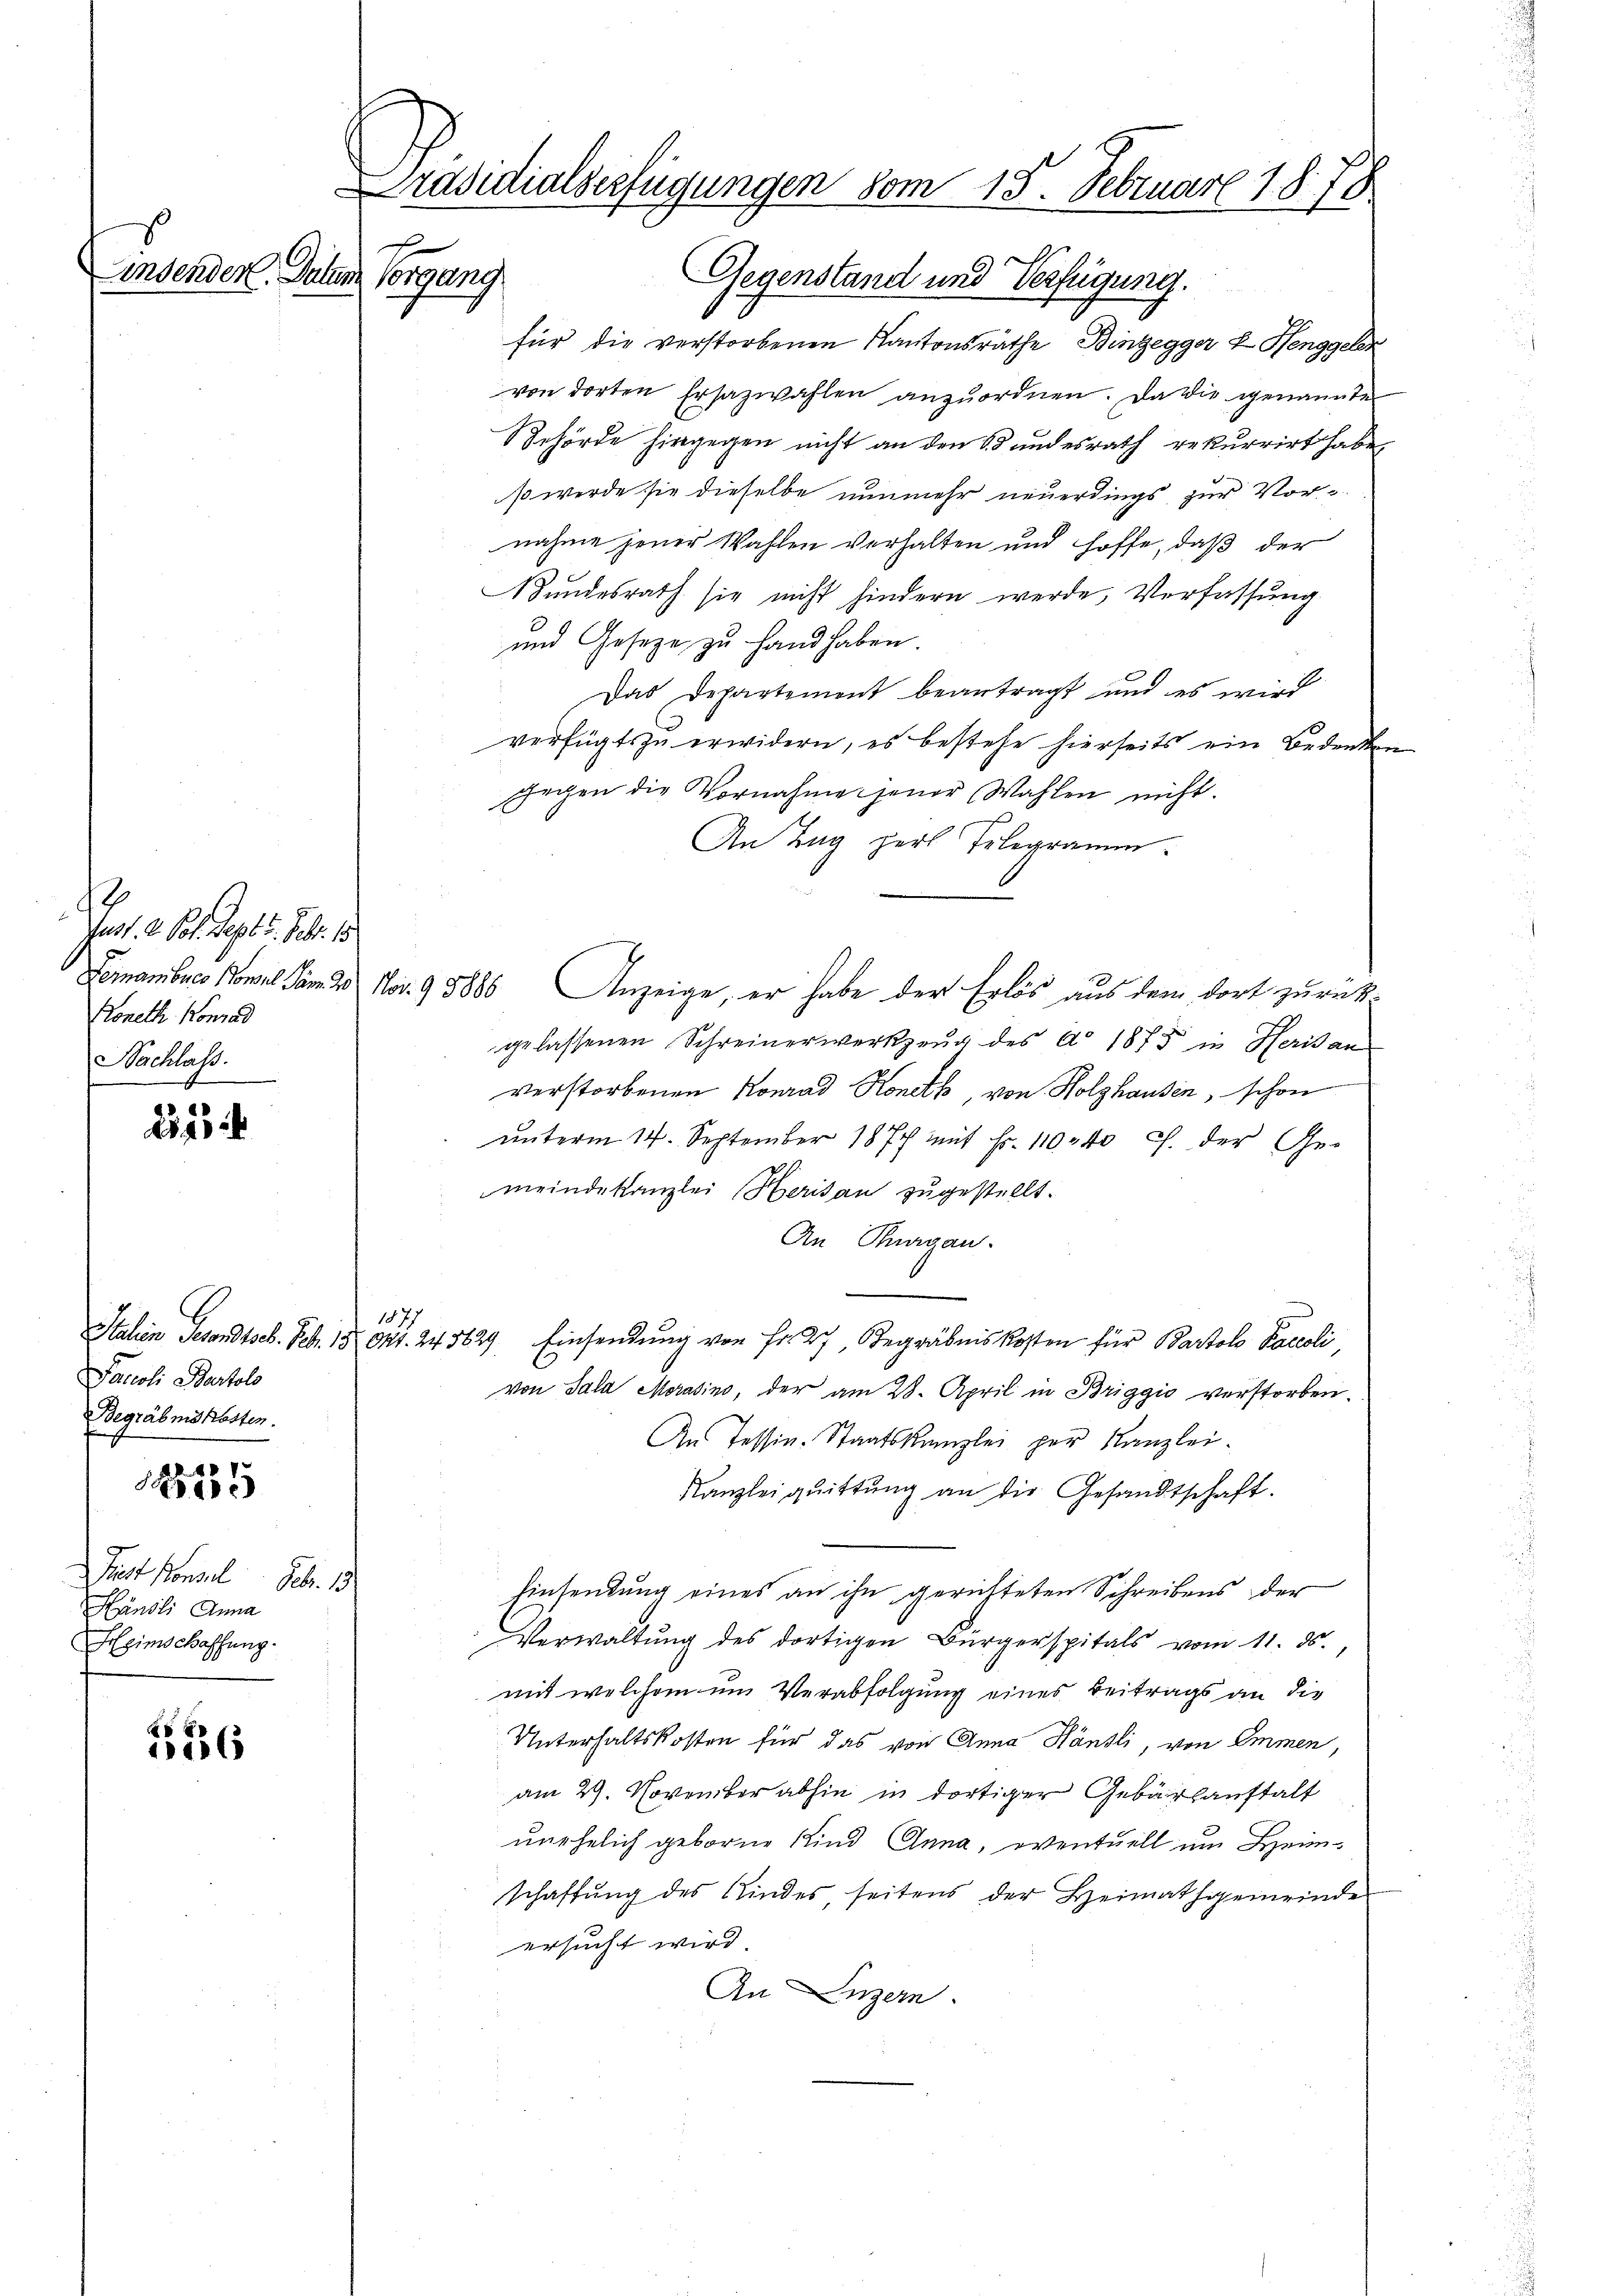
Ja. a. 0. Sept 1. Febr. 18.
Koneth Konrad
Nachlass.

225

Pacoli Bartolo
Begräbniskosten.

165235

est Konsul Febr. 1
Hänsli Anna
Freimschaffung.

186

Präsidialverfügungen vom 15. Februar 1878
s
indenden Datum Vorgang
Gegenstand und Verfügung.

171

für die verstorbenen Kantonsräthe Binzegger & Henggeler
von dorten Ersazwahlen anzuordnen. Da die genannte
Behörde hingegen nicht an den Bundesrath rekurrirt habe,
s werde sie dieselbe nunmehr neuerdings zur Vornahme jener Wahlen verhalten und hoffe, daß der
Bundesrath sie nicht hindern werde, Verfassung
und Gesetze zu Hand haben.
Das Departement beantragt und es wird
verfügt zu erwidern, es bestehe hierseits ein Bedenke
gegen die Vornahme jener Wahlen nicht.
An Tag pers Telegramm.
Feranbico Ponel vom 20. No. 98886 Anzeige, er habe der Erlös aus dem dort zurückgelassenen Schreinerwerkzeug des Ao 1875 in Herisan
verstorbenen Konrad Koneth, von Holzhausen, schon
ŭnterm 14. September 1877 mit Fr. 11040 c. der Ge-
meindekanzlei Herisau zugestellt.
An Thurgau.
1877
Italien Gesandtseb. Febr. 15 Okt. 243629. Einsendung von Fr. 27, Begräbnis kosten für Bartolo Paroli,
von Sala Morasino, der am 28. April in Briggio verstorben.
An Tessin. Staatskanzlei per Kanzlei-
Kanzlei quittung an die Gesandtschaft.
Einsendung eines an ihn gerichteten Schreibens der
Verwaltŭng des dortigen Bürgerspitals vom 11. ds.,
mit welchem um Verabfolgung eines Beitrags an die
Unterhaltskosten für das von Anna Hänsli, von Emmen,
am 29. November abhin in dortiger Gebäranstalt
unehelich geborne Kind Anna, eventuell um Heimschaftung des Kindes, seitens der Heimathgemeinde
ersucht wird.
An Luzern.